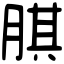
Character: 𦝁